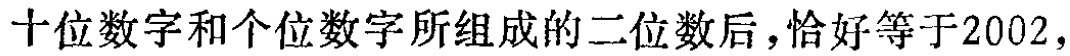
十位数字和个位数字所组成的二位数后，恰好等于2002,